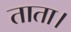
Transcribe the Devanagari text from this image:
ताता।